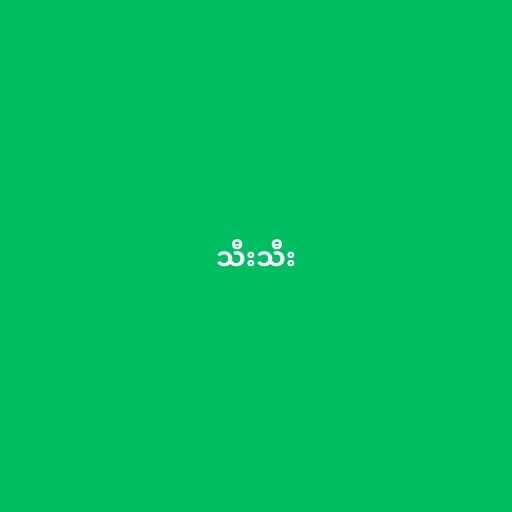
သီးသီး